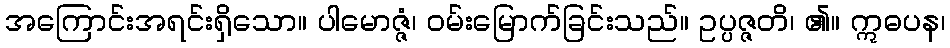
အကြောင်းအရင်းရှိသော။ ပါမောဇ္ဇံ၊ ဝမ်းမြောက်ခြင်းသည်။ ဥပ္ပဇ္ဇတိ၊ ၏။ ဣဓပန၊